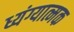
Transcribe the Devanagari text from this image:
ध्यंग्यात्मक